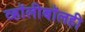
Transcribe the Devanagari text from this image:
व्हॉलीबॉलही